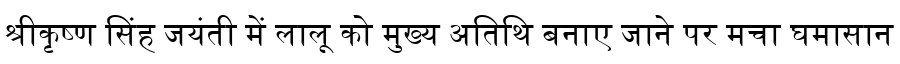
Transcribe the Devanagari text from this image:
श्रीकृष्ण सिंह जयंती में लालू को मुख्य अतिथि बनाए जाने पर मचा घमासान